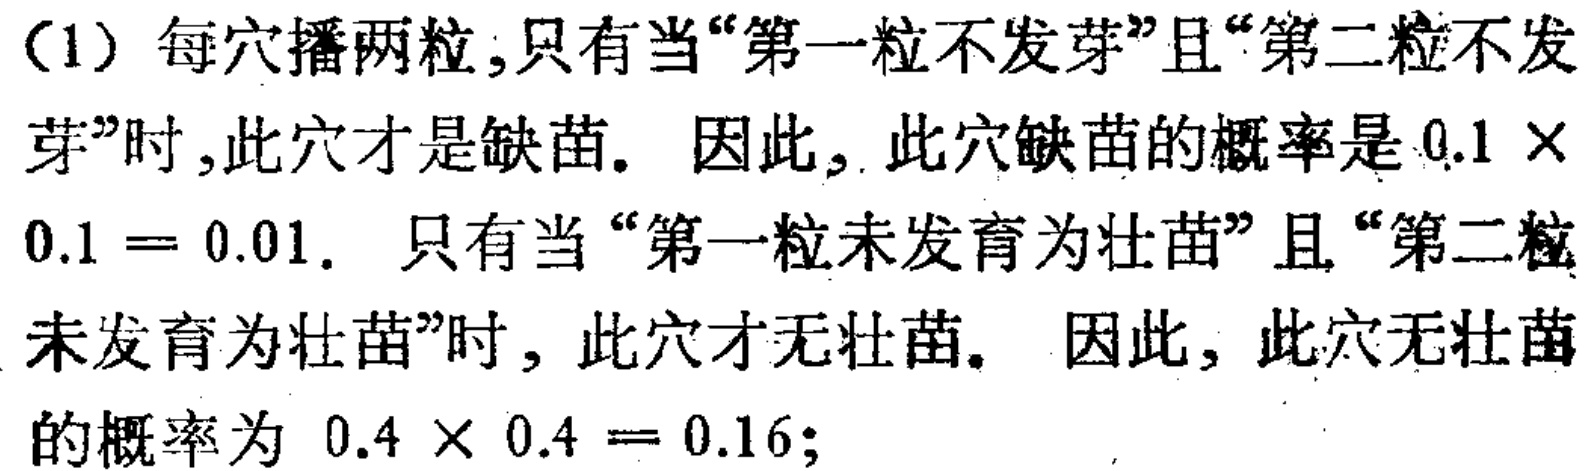
（1）每穴播两粒,只有当“第一粒不发芽”且“第二粒不发芽”时,此穴才是缺苗. 因此, 此穴缺苗的概率是 \(0.1\times0.1 = 0.01\). 只有当 “第一粒未发育为壮苗”且“第二粒未发育为壮苗”时, 此穴才无壮苗. 因此, 此穴无壮苗的概率为 \(0.4\times0.4 = 0.16\);